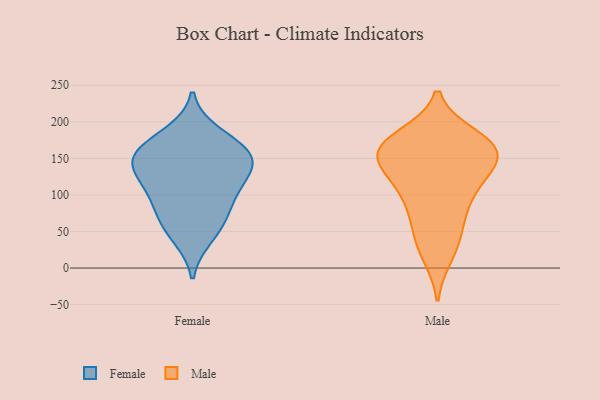
{"axis": {"x": "Population (Million)", "y": "Value"}, "legend": ["Female", "Male"], "data": [{"x": "", "y": 42, "type": "Female"}, {"x": "", "y": 153, "type": "Female"}, {"x": "", "y": 144, "type": "Female"}, {"x": "", "y": 102, "type": "Female"}, {"x": "", "y": 95, "type": "Female"}, {"x": "", "y": 184, "type": "Female"}, {"x": "", "y": 73, "type": "Female"}, {"x": "", "y": 59, "type": "Female"}, {"x": "", "y": 143, "type": "Female"}, {"x": "", "y": 119, "type": "Female"}, {"x": "", "y": 135, "type": "Female"}, {"x": "", "y": 160, "type": "Female"}, {"x": "", "y": 169, "type": "Female"}, {"x": "", "y": 31, "type": "Male"}, {"x": "", "y": 157, "type": "Male"}, {"x": "", "y": 130, "type": "Male"}, {"x": "", "y": 168, "type": "Male"}, {"x": "", "y": 170, "type": "Male"}, {"x": "", "y": 85, "type": "Male"}, {"x": "", "y": 111, "type": "Male"}, {"x": "", "y": 149, "type": "Male"}, {"x": "", "y": 111, "type": "Male"}, {"x": "", "y": 179, "type": "Male"}, {"x": "", "y": 52, "type": "Male"}, {"x": "", "y": 136, "type": "Male"}, {"x": "", "y": 162, "type": "Male"}, {"x": "", "y": 18, "type": "Male"}, {"x": "", "y": 76, "type": "Male"}, {"x": "", "y": 169, "type": "Male"}, {"x": "", "y": 161, "type": "Male"}]}